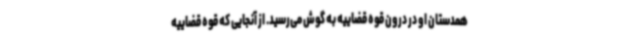
همدستان او در درون قوه قضاییه به گوش می‌رسید. از آنجایی که قوه قضاییه